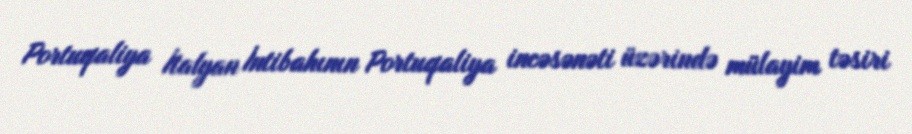
Portuqaliya İtalyan İntibahının Portuqaliya incəsənəti üzərində mülayim təsiri